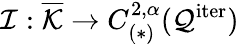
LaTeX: \mathcal{I}:\overline{{\mathcal{K}}}\rightarrow C_{(*)}^{2,\alpha}(\mathcal{Q}^{\mathrm{iter}})